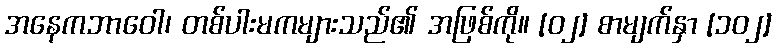
အနေကဘာဝေါ၊ တစ်ပါးမကများသည်၏ အဖြစ်ကို။ [၀၂] စာမျက်နှာ [၁၀၂]